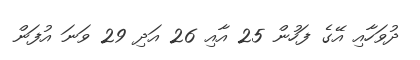
ދުވަހާއި އޭގެ ފަހުން 25 އާއި 26 އަދި 29 ވަނަ އުފަން